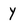
Character: Y